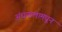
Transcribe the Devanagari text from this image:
अंधनालामधून